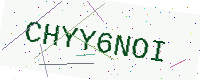
Text: CHYY6NOI